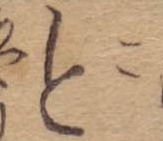
今